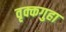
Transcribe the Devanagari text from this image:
वृक्कगुहा